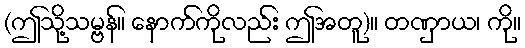
(ဤသို့သမ္ဗန်။ နောက်ကိုလည်း ဤအတူ)။ တဏှာယ၊ ကို။